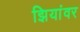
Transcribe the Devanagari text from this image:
झियांवर